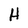
Character: H